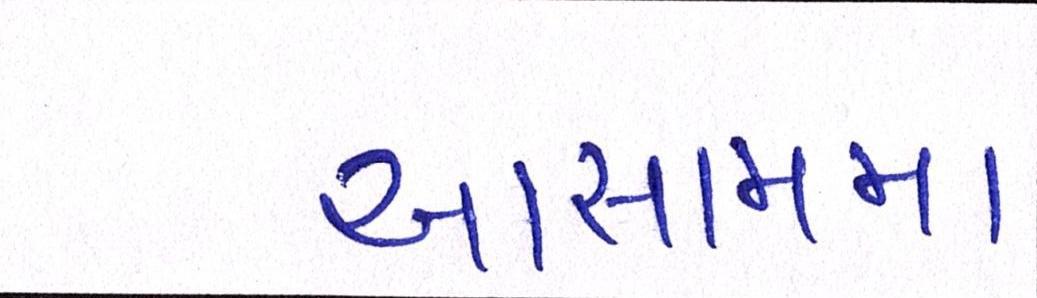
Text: આસામમા